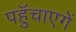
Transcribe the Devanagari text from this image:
पहुॅचाएगें